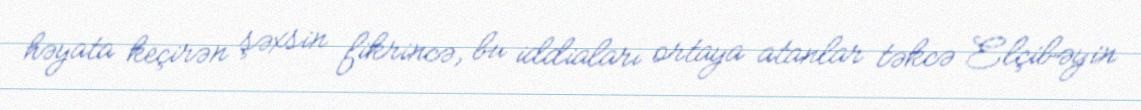
həyata keçirən şəxsin fikrincə, bu iddiaları ortaya atanlar təkcə Elçibəyin